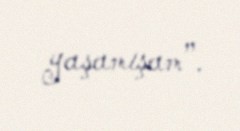
yaşamışam”.